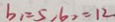
b _ { 1 } = 5 , 6 _ { 2 } = 1 2